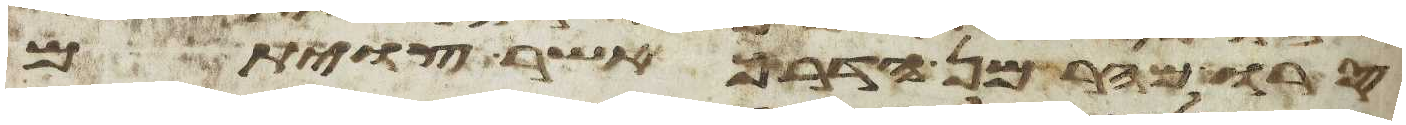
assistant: סרו מהר מן הדרך אשר צויתם